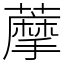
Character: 藦